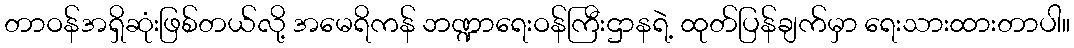
တာဝန်အရှိဆုံးဖြစ်တယ်လို့ အမေရိကန် ဘဏ္ဍာရေးဝန်ကြီးဌာနရဲ့ ထုတ်ပြန်ချက်မှာ ရေးသားထားတာပါ။